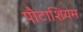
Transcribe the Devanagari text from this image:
पौटाशियम